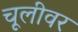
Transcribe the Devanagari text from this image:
चूलीवर